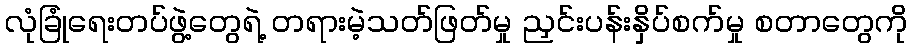
လုံခြုံရေးတပ်ဖွဲ့တွေရဲ့ တရားမဲ့သတ်ဖြတ်မှု ညှင်းပန်းနှိပ်စက်မှု စတာတွေကို